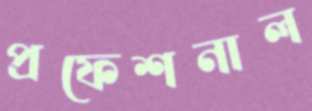
প্রফেশনাল